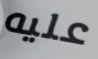
عليه